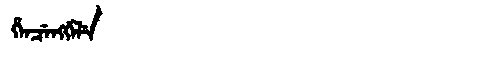
Manchu: ᡥᡝᠨᠴᡝᠩᡤᡝᠯᡝ
Romanization: HENCENGGELE